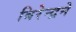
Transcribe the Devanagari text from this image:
बिरेन्द्रने